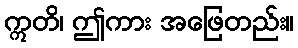
ဣတိ၊ ဤကား အဖြေတည်း။